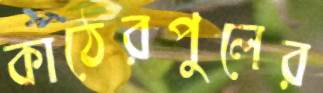
কাঠেরপুলের